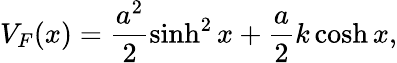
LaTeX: V_{F}(x)=\frac{a^{2}}2\sinh^{2}x+\frac a2k\cosh x,